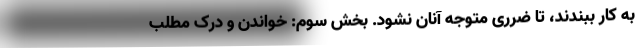
به کار ببندند، تا ضرری متوجه آنان نشود. بخش سوم: خواندن و درک مطلب